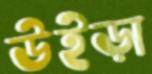
উইড়া